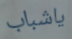
ياشباب